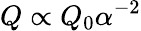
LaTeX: Q\propto Q_{0}\alpha^{-2}